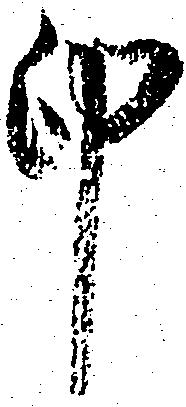
印